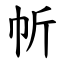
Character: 㠼